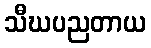
သီဃပညတာယ